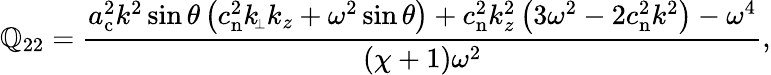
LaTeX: \mathbb{Q}_{22}=\frac{{a_{\mathrm{{c}}}^{2}k^{2}\sin\theta\left(c_{\mathrm{{n}}}^{2}k_{\scriptscriptstyle\! \perp}k_{z}+\omega^{2}\sin\theta\right)+c_{\mathrm{{n}}}^{2}k_{z}^{2}\left(3\omega^{2}-2c_{\mathrm{{n}}}^{2}k^{2}\right)-\omega^{4}}}{{(\chi+1)\omega^{2}}},